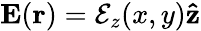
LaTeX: \mathbf{E}(\mathbf{r})=\mathcal{E}_{z}(x,y)\mathbf{\hat{z}}